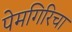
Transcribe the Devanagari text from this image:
पेमगिरिचा